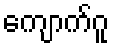
ကျောက်ဂူ